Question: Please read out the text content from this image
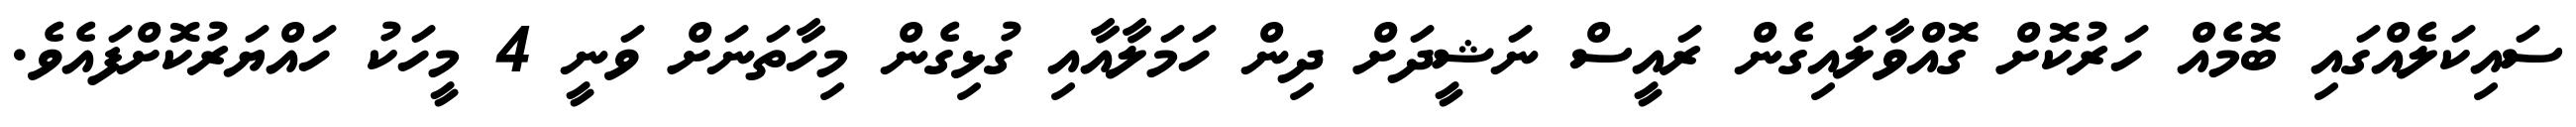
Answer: ސައިކަލެއްގައި ބޮމެއް ހަރުކޮށް ގޮއްވާލައިގެން ރައީސް ނަޝީދަށް ދިން ހަމަލާއާއި ގުޅިގެން މިހާތަނަށް ވަނީ 4 މީހަކު ހައްޔަރުކޮށްފައެވެ.